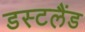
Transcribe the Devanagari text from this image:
डस्टलैंड